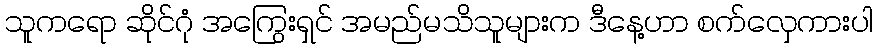
သူကရော ဆိုင်ဂုံ အကြွေးရှင် အမည်မသိသူများက ဒီနေ့ဟာ စက်လှေကားပါ